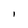
Character: 1